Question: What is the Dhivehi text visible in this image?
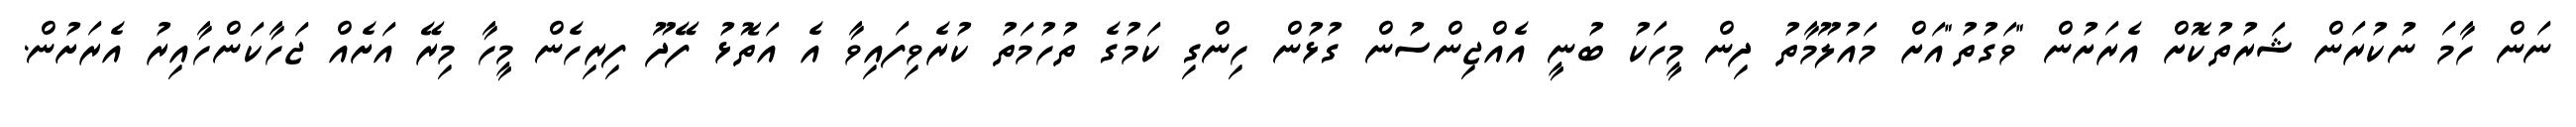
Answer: ނަން ހާމަ ނުކުރަން ޝަރުތުކޮށް އެރަށުން "ވަގުތު"އަށް މައުލޫމާތު ދިން މީހަކު ބުނީ އެއްޖިންސުން ގުޅުން ހިންގި ކަމުގެ ތުހުމަތު ކުރެވިފައިވާ އެ އަތޮޅު ފޭދޫ ފިރިހެން މީހާ މިރޭ އަށެއް ޖަހާކަންހާއިރު އެރަށުން.